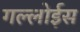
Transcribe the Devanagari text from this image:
गल्लोईस